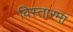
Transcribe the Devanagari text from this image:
विस्तारमां